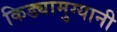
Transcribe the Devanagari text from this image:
किड्यामुग्यानी